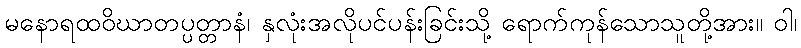
မနောရထဝိဃာတပ္ပတ္တာနံ၊ နှလုံးအလိုပင်ပန်းခြင်းသို့ ရောက်ကုန်သောသူတို့အား။ ဝါ၊